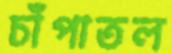
চাঁপাতল